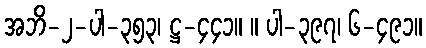
အဘိ-၂-ပါ-၃၅၃၊ ဋ္ဌ-၄၄၁။ ။ ပါ-၃၉၇၊ ၆-၄၉၁။